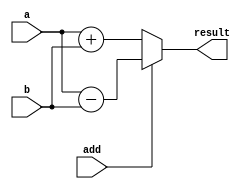



module add_sub(add,a,b,result);

    input [15:0] a,b;
    input add;
    output[15:0] result;

	 assign result = (add)?(a-b) :(a+b);


endmodule